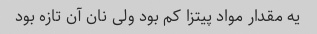
یه مقدار مواد پیتزا کم بود ولی نان آن تازه بود